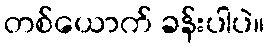
တစ်ယောက် ခန်းပါပဲ။